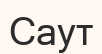
Саут